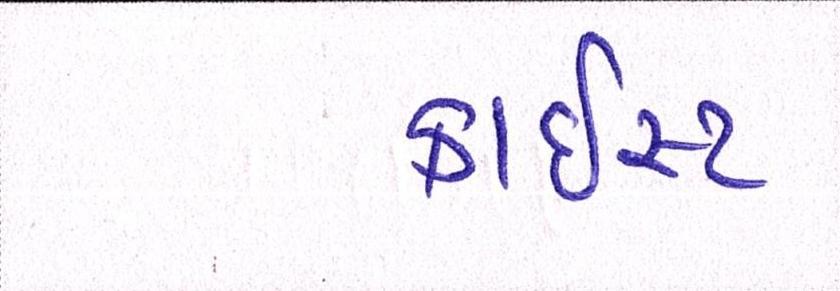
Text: ક્રાઇસ્ટ